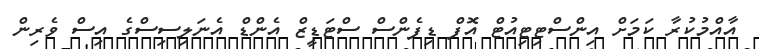
އާއްމުކުރާ ކަމަށް އިންސްޓިޓިއުޓް އޮފް ޑިފެންސް ސްޓަޑީޒް އެންޑް އެނަލިސިސްގެ އިސް ވެރިން